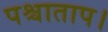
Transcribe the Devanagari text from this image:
पश्चाताप।